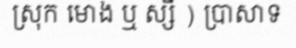
ស្រុក មោង ឬ ស្សី ) ប្រាសាទ